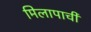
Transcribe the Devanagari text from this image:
मिलापाची